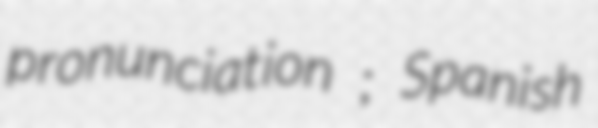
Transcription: pronunciation ; Spanish